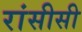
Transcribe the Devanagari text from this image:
रांसीसी